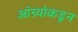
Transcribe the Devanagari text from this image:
आंग्र्‍यांकडून